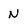
Character: N